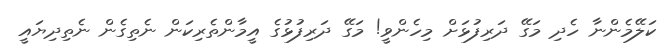
ކަލޭމެންނާ ހެދި މަގޭ ދަރިފުޅަށް މިހެންވީ! މަގޭ ދަރިފުޅުގެ އީމާންތެރިކަން ނެތިގެން ނެތިދިޔައީ